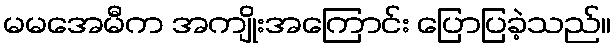
မမအေမီက အကျိုးအကြောင်း ပြောပြခဲ့သည်။